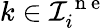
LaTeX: k\in\mathcal{I}_{i}^{\mathrm{~n~e~}}